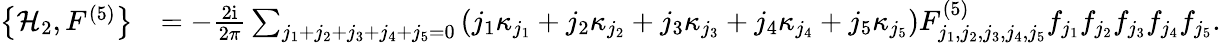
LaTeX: \begin{array}{rl}{\left\{ \mathcal{H}_{2},F^{(5)}\right\} }&{=-\frac{2\mathrm{i}}{2\pi}\sum_{j_{1}+j_{2}+j_{3}+j_{4}+j_{5}=0}\left(j_{1}\kappa_{j_{1}}+j_{2}\kappa_{j_{2}}+j_{3}\kappa_{j_{3}}+j_{4}\kappa_{j_{4}}+j_{5}\kappa_{j_{5}}\right)F_{j_{1},j_{2},j_{3},j_{4},j_{5}}^{(5)}f_{j_{1}}f_{j_{2}}f_{j_{3}}f_{j_{4}}f_{j_{5}}.}\end{array}